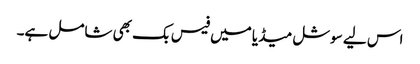
اس لیے سوشل میڈیا میں فیس بک بھی شامل ہے۔